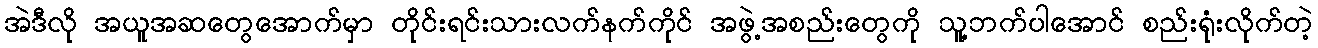
အဲဒီလို အယူအဆတွေအောက်မှာ တိုင်းရင်းသားလက်နက်ကိုင် အဖွဲ့အစည်းတွေကို သူ့ဘက်ပါအောင် စည်းရုံးလိုက်တဲ့